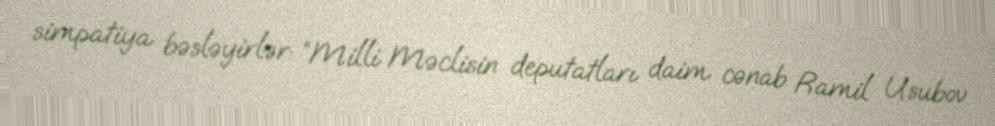
simpatiya bəsləyirlər: “Milli Məclisin deputatları daim cənab Ramil Usubov